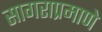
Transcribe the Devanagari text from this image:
सागराप्रमाणे